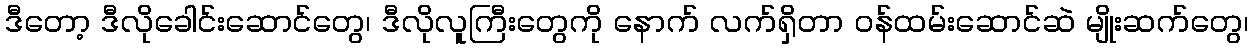
ဒီတော့ ဒီလိုခေါင်းဆောင်တွေ၊ ဒီလိုလူကြီးတွေကို နောက် လက်ရှိတာ ဝန်ထမ်းဆောင်ဆဲ မျိုးဆက်တွေ၊